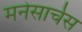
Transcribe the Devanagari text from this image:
मनेसार्चस